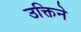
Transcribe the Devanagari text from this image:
उक्तिने